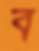
ব